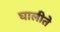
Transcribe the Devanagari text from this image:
घालीते